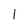
Character: 1